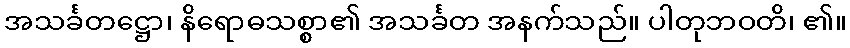
အသင်္ခတဋ္ဌော၊ နိရောဓသစ္စာ၏ အသင်္ခတ အနက်သည်။ ပါတုဘဝတိ၊ ၏။